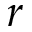
r